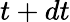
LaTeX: t+dt